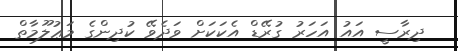
ދިރާސީ އައު އަހަރު ގުރޭޑް އެކަކަށް ވަދެވޭ ކުދިންގެ މަޢުލޫމާތް